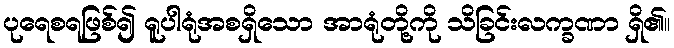
ပုရေစရဖြစ်၍ ရူပါရုံအစရှိသော အာရုံတို့ကို သိခြင်းလက္ခဏာ ရှိ၏။